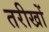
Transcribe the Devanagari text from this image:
तरीखों